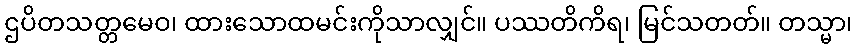
ဌပိတသတ္တမေဝ၊ ထားသောထမင်းကိုသာလျှင်။ ပဿတိကိရ၊ မြင်သတတ်။ တသ္မာ၊